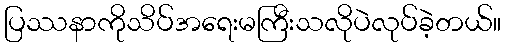
ပြဿနာကိုသိပ်အရေးမကြီးသလိုပဲလုပ်ခဲ့တယ်။